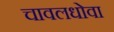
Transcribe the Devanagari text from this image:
चावलधोवा